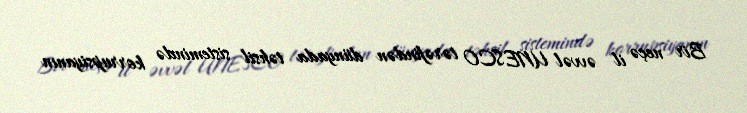
Bir neçə il əvvəl UNESCO tərəfindən dünyada təhsil sistemində korrupsiyanın